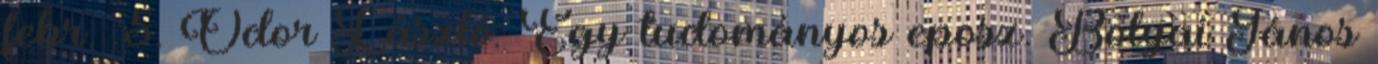
febr. :5. Ódor László: Egy tudományos eposz. Bolyai János